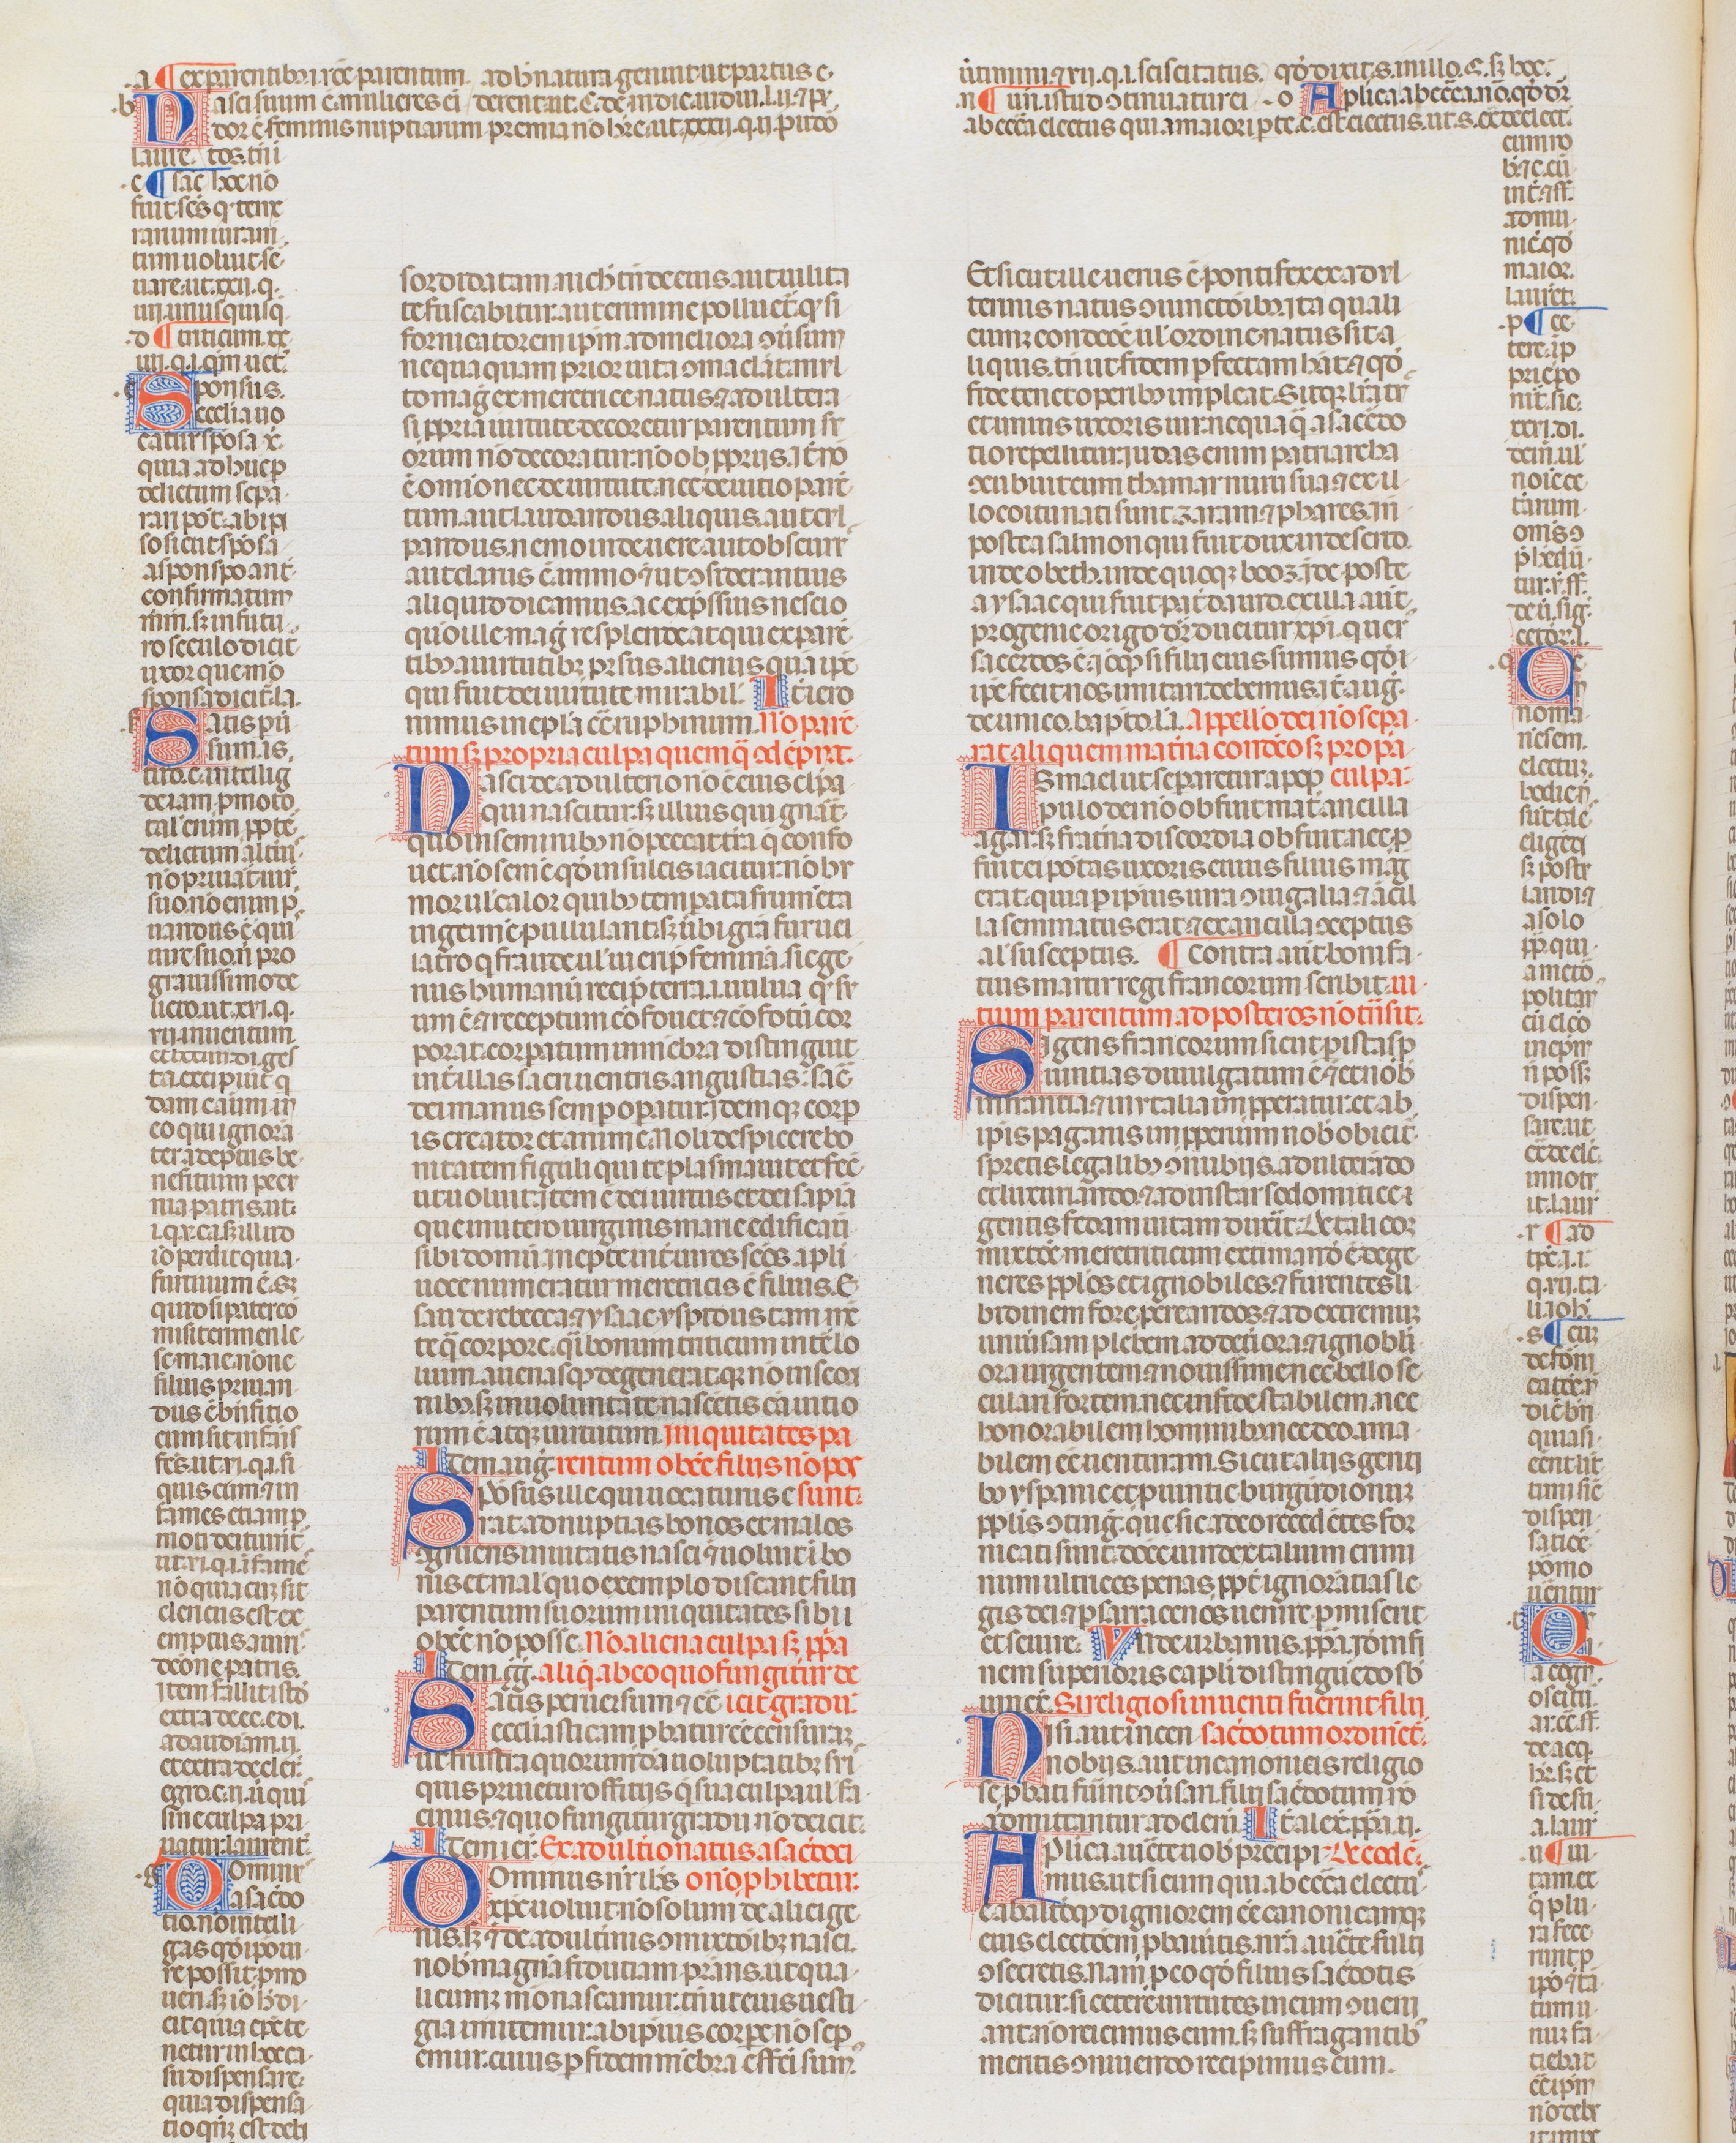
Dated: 1340–1350